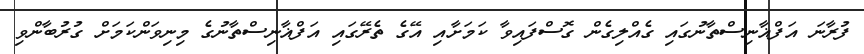
ފުރާނަ އަފްޣާނިސްތާނުގައި ގެއްލިގެން ގޮސްފައިވާ ކަމަށާއި އޭގެ ތެރޭގައި އަފްޣާނިސްތާނުގެ މިނިވަންކަމަށް ގުރުބާންވި